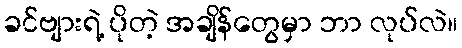
ခင်ဗျားရဲ့ ပိုတဲ့ အချိန်တွေမှာ ဘာ လုပ်လဲ။